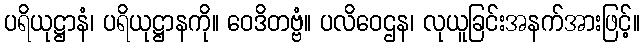
ပရိယုဋ္ဌာနံ၊ ပရိယုဋ္ဌာနကို။ ဝေဒိတဗ္ဗံ။ ပလိဝေဌန၊ လုယူခြင်းအနက်အားဖြင့်။